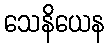
သေနိယေန